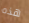
هذه